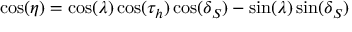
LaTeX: \cos ( \eta ) = \cos ( \lambda ) \cos ( \tau _ { h } ) \cos ( \delta _ { S } ) - \sin ( \lambda ) \sin ( \delta _ { S } )